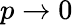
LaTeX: p\to 0